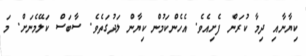
ކިޔާނާއި ދިމާ ކުރަން ފެށިއެވެ. އެހެންކަމުން ކިޔާން ލަދުގަތެވެ. ސާބަސް ކަލޭމެނަށް. މަ